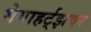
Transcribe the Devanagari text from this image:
मेगाहर्ट्‌झवर